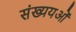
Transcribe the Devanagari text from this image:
संख्ययओं